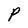
Character: P